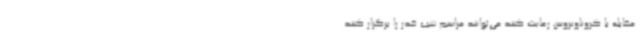
مقابله با کروناویروس رعایت کنند می‌توانند مراسم شب قدر را برگزار کنند